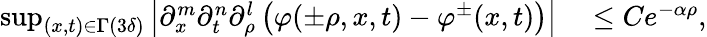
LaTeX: \begin{array}{rl}{\operatorname*{sup}_{(x,t)\in\Gamma(3\delta)}\left|\partial_{x}^{m}\partial_{t}^{n}\partial_{\rho}^{l}\left(\varphi(\pm\rho,x,t)-\varphi^{\pm}(x,t)\right)\right|}&{{}\leq Ce^{-\alpha\rho},}\end{array}